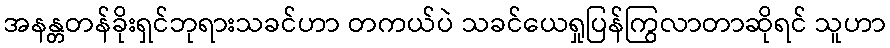
အနန္တတန်ခိုးရှင်ဘုရားသခင်ဟာ တကယ်ပဲ သခင်ယေရှုပြန်ကြွလာတာဆိုရင် သူဟာ